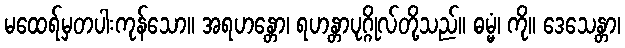
မထေရ်မှတပါးကုန်သော။ အရဟန္တော၊ ရဟန္တာပုဂ္ဂိုလ်တို့သည်။ ဓမ္မံ၊ ကို။ ဒေသေန္တာ၊